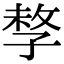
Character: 𡥽